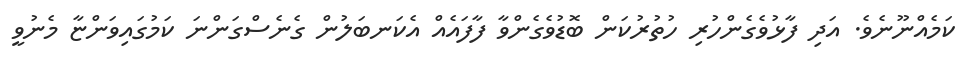
ކަމެއްނޫނެވެ. އަދި ފާޅުވެގެންހުރި ހުތުރުކަން ބޮޑުވެގެންވާ ފާފައެއް އެކަނބަލުން ގެނެސްގަންނަ ކަމުގައިވަންޏާ މެނުވީ